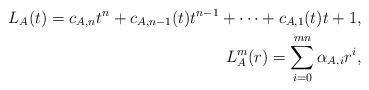
LaTeX: \begin{align*} L_A(t) = c_{A, n} t^n + c_{A, n-1}(t) t^{n-1} + \dots + c_{A, 1}(t) t + 1, \\ L_{A}^{m}(r) = \sum_{i = 0}^{mn} \alpha_{A, i}r^i, \end{align*}